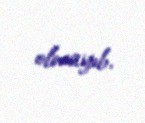
olmayıb.